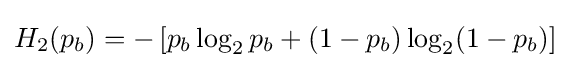
H_{2}(p_{b})=-\left[p_{b}\log _{2}{p_{b}}+(1-p_{b})\log _{2}({1-p_{b}})\right]